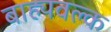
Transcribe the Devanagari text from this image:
बाह्यवल्क